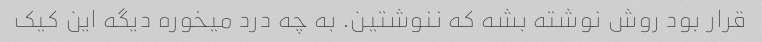
قرار بود روش نوشته بشه که ننوشتین. به چه درد میخوره دیگه این کیک